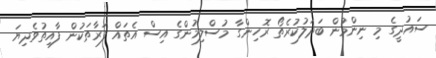
ސައުދީގެ މި ނިންމުން ބަދަލުކުރެތޯ ރޮހިންގާ މުސްލިމުންގެ އިސް އެތައް ފަރާތަކުން ފާއިތުވެދިޔަ